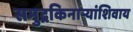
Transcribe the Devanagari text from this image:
समुद्रकिनार्‍यांशिवाय